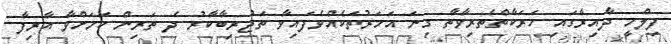
ފިލްމީ ދާއިރާގައި ހަރަކާތްތެރިވާތާ ގިނަ އަހަރުތަކެއްވެފައިވާ ތަޖުރިބާކާރު ދެ ތަރިން ކަމަށްވާ އާރިފާ